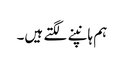
ہم ہانپنے لگتے ہیں۔